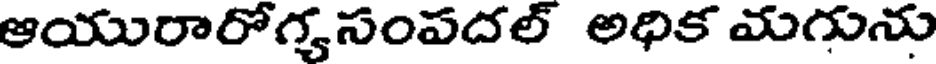
ఆయురారోగ్యసంపదల్ అధిక మగును